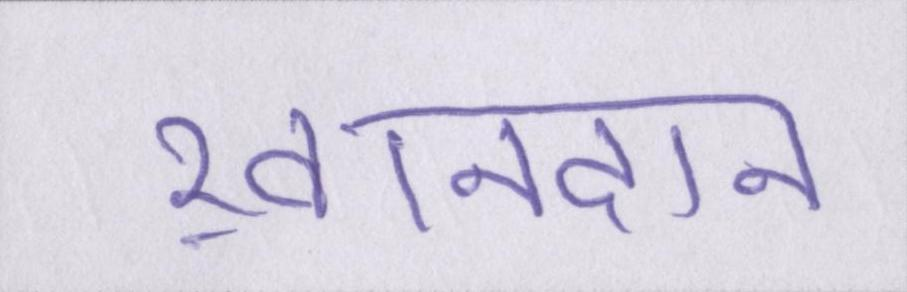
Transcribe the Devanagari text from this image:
ख़ानदान